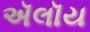
ઍલૉય